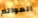
العوالم